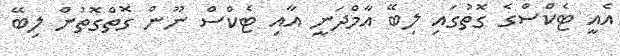
އެއީ ޓެކްސްގެ ގޮތުގައި ލިބޭ އާމްދަނީ އާއި ޓެކްސް ނޫން ގޮތްގޮތުން ލިބޭ